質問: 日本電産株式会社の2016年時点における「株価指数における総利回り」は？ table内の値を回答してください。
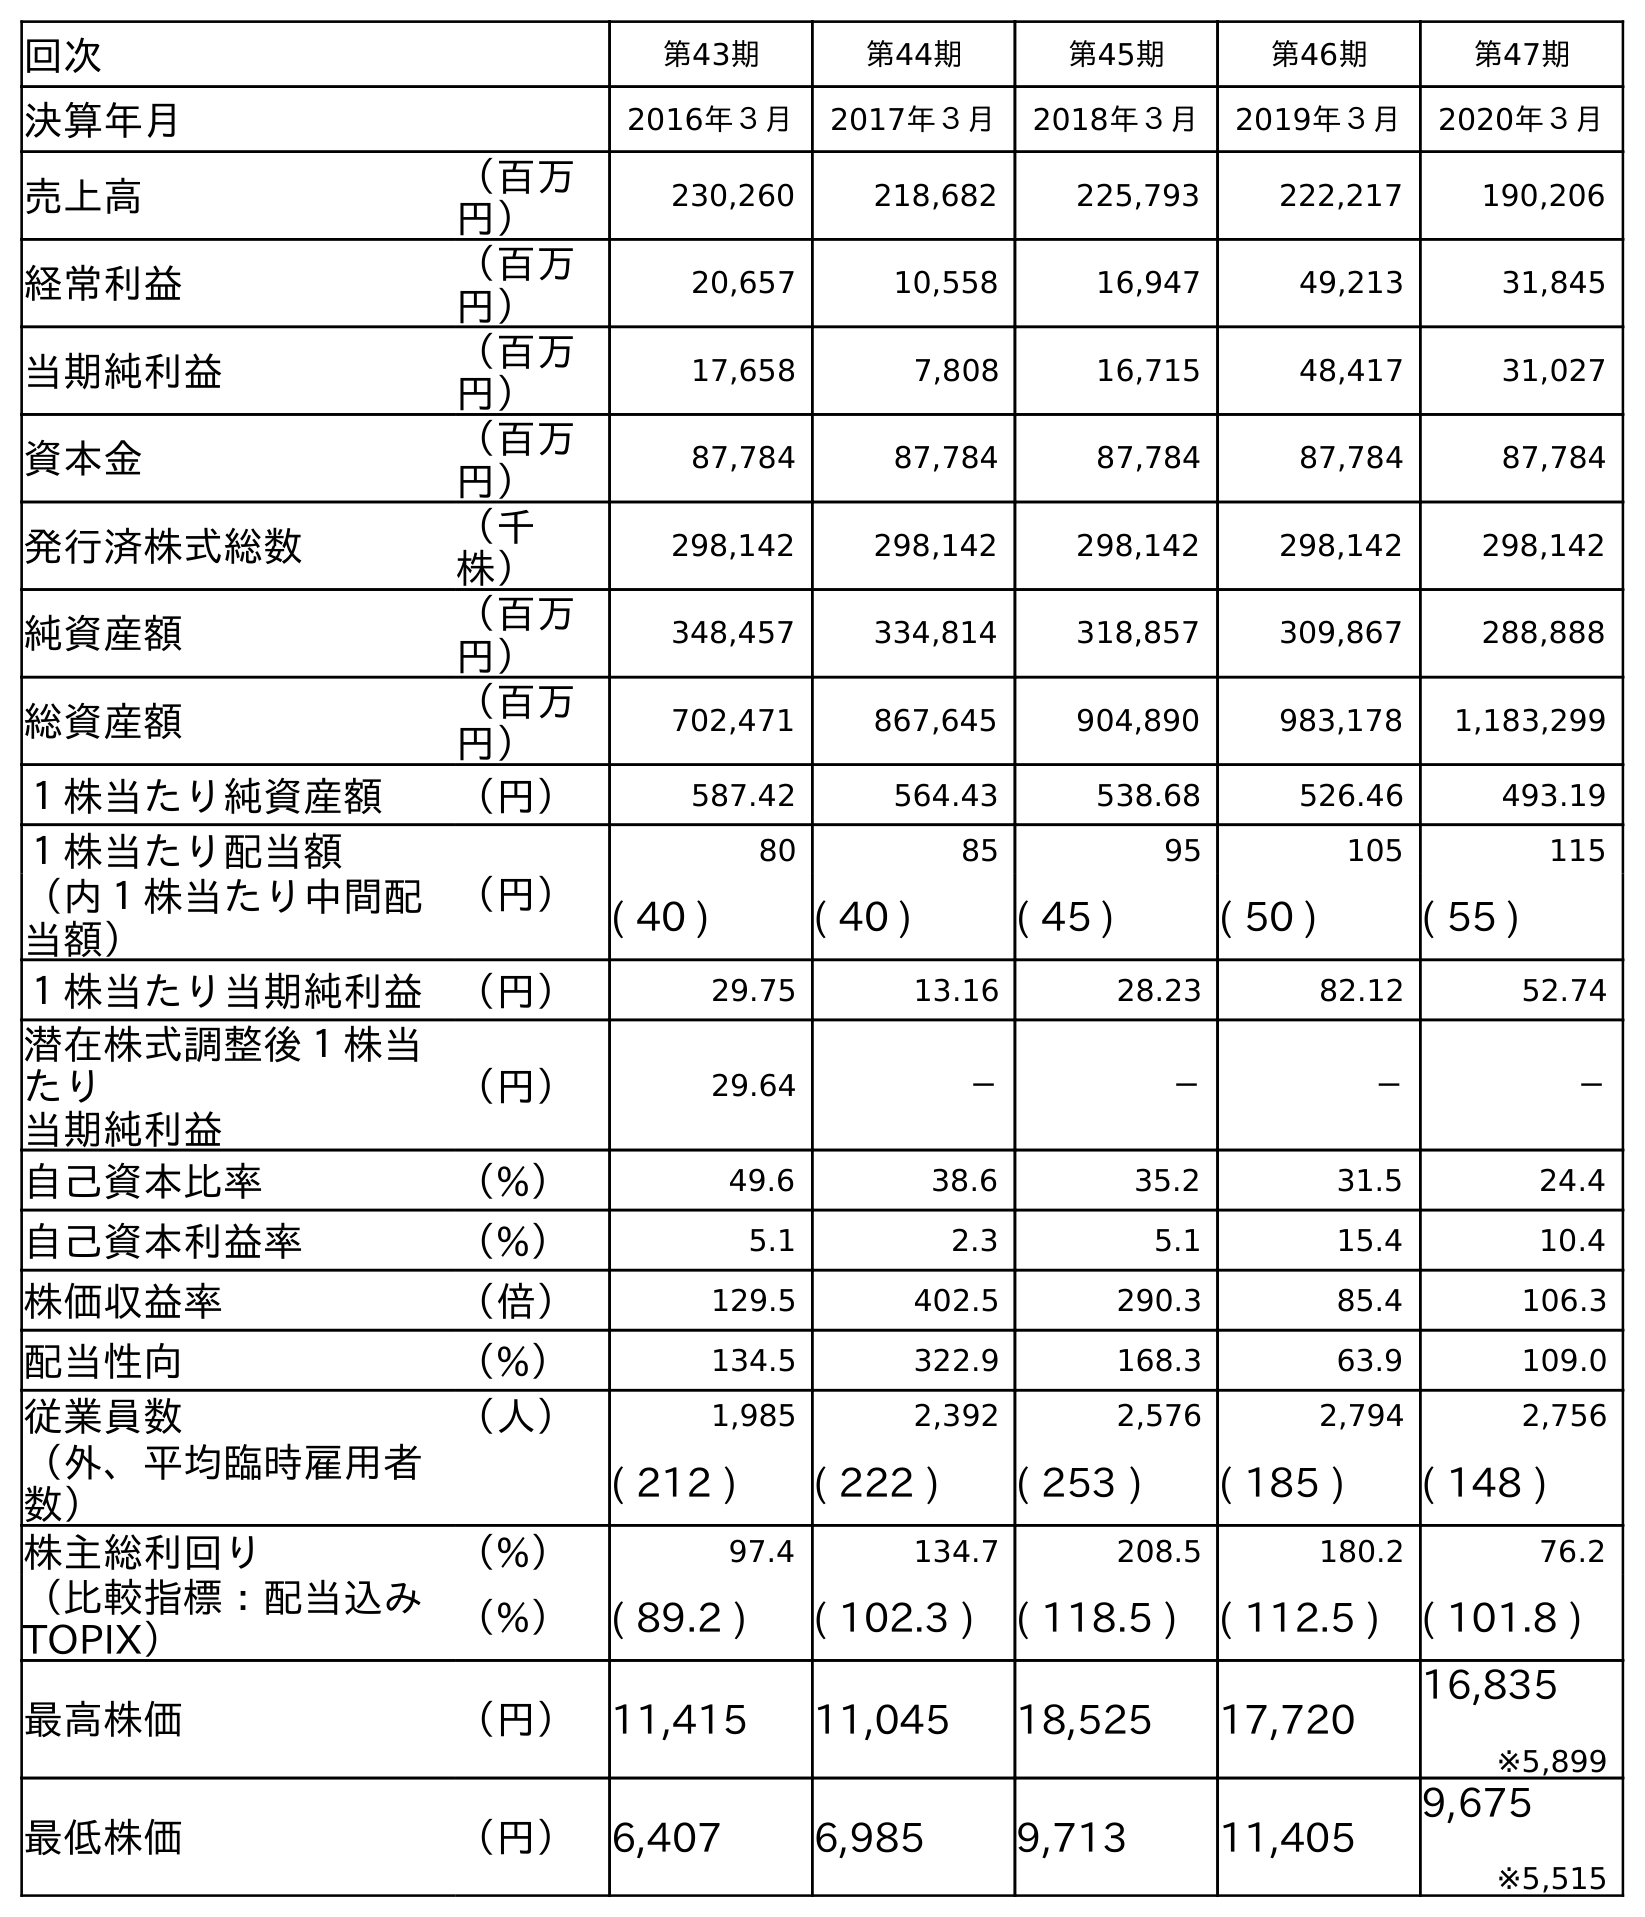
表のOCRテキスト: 回次 第43期 第44期 第45期 第46期 第47期 決算年月 2016年３月 2017年３月 2018年３月 2019年３月 2020年３月 売上高 （百万 円） 230,260 218,682 225,793 222,217 190,206 経常利益 （百万 円） 20,657 10,558 16,947 49,213 31,845 当期純利益 （百万 円） 17,658 7,808 16,715 48,417 31,027 資本金 （百万 円） 87,784 87,784 87,784 87,784 87,784 発行済株式総数 （千 株） 298,142 298,142 298,142 298,142 298,142 純資産額 （百万 円） 348,457 334,814 318,857 309,867 288,888 総資産額 （百万 円） 702,471 867,645 904,890 983,178 1,183,299 １株当たり純資産額 （円） 587.42 564.43 538.68 526.46 493.19 １株当たり配当額 （円） 80 85 95 105 115 （内１株当たり中間配 当額） ( 40 ) ( 40 ) ( 45 ) ( 50 ) ( 55 ) １株当たり当期純利益 （円） 29.75 13.16 28.23 82.12 52.74 潜在株式調整後１株当 たり 当期純利益 （円） 29.64 － － － － 自己資本比率 （%） 49.6 38.6 35.2 31.5 24.4 自己資本利益率 （%） 5.1 2.3 5.1 15.4 10.4 株価収益率 （倍） 129.5 402.5 290.3 85.4 106.3 配当性向 （%） 134.5 322.9 168.3 63.9 109.0 従業員数 （人） 1,985 2,392 2,576 2,794 2,756 （外、平均臨時雇用者 数） ( 212 ) ( 222 ) ( 253 ) ( 185 ) ( 148 ) 株主総利回り （%） 97.4 134.7 208.5 180.2 76.2 （比較指標：配当込み TOPIX） （%） ( 89.2 ) ( 102.3 ) ( 118.5 ) ( 112.5 ) ( 101.8 ) 最高株価 （円） 11,415 11,045 18,525 17,720 16,835 ※5,899 最低株価 （円） 6,407 6,985 9,713 11,405 9,675 ※5,515
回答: (89.2)